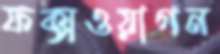
ফক্সওয়াগন